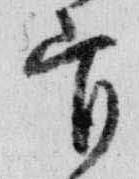
官